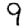
Digit: 9